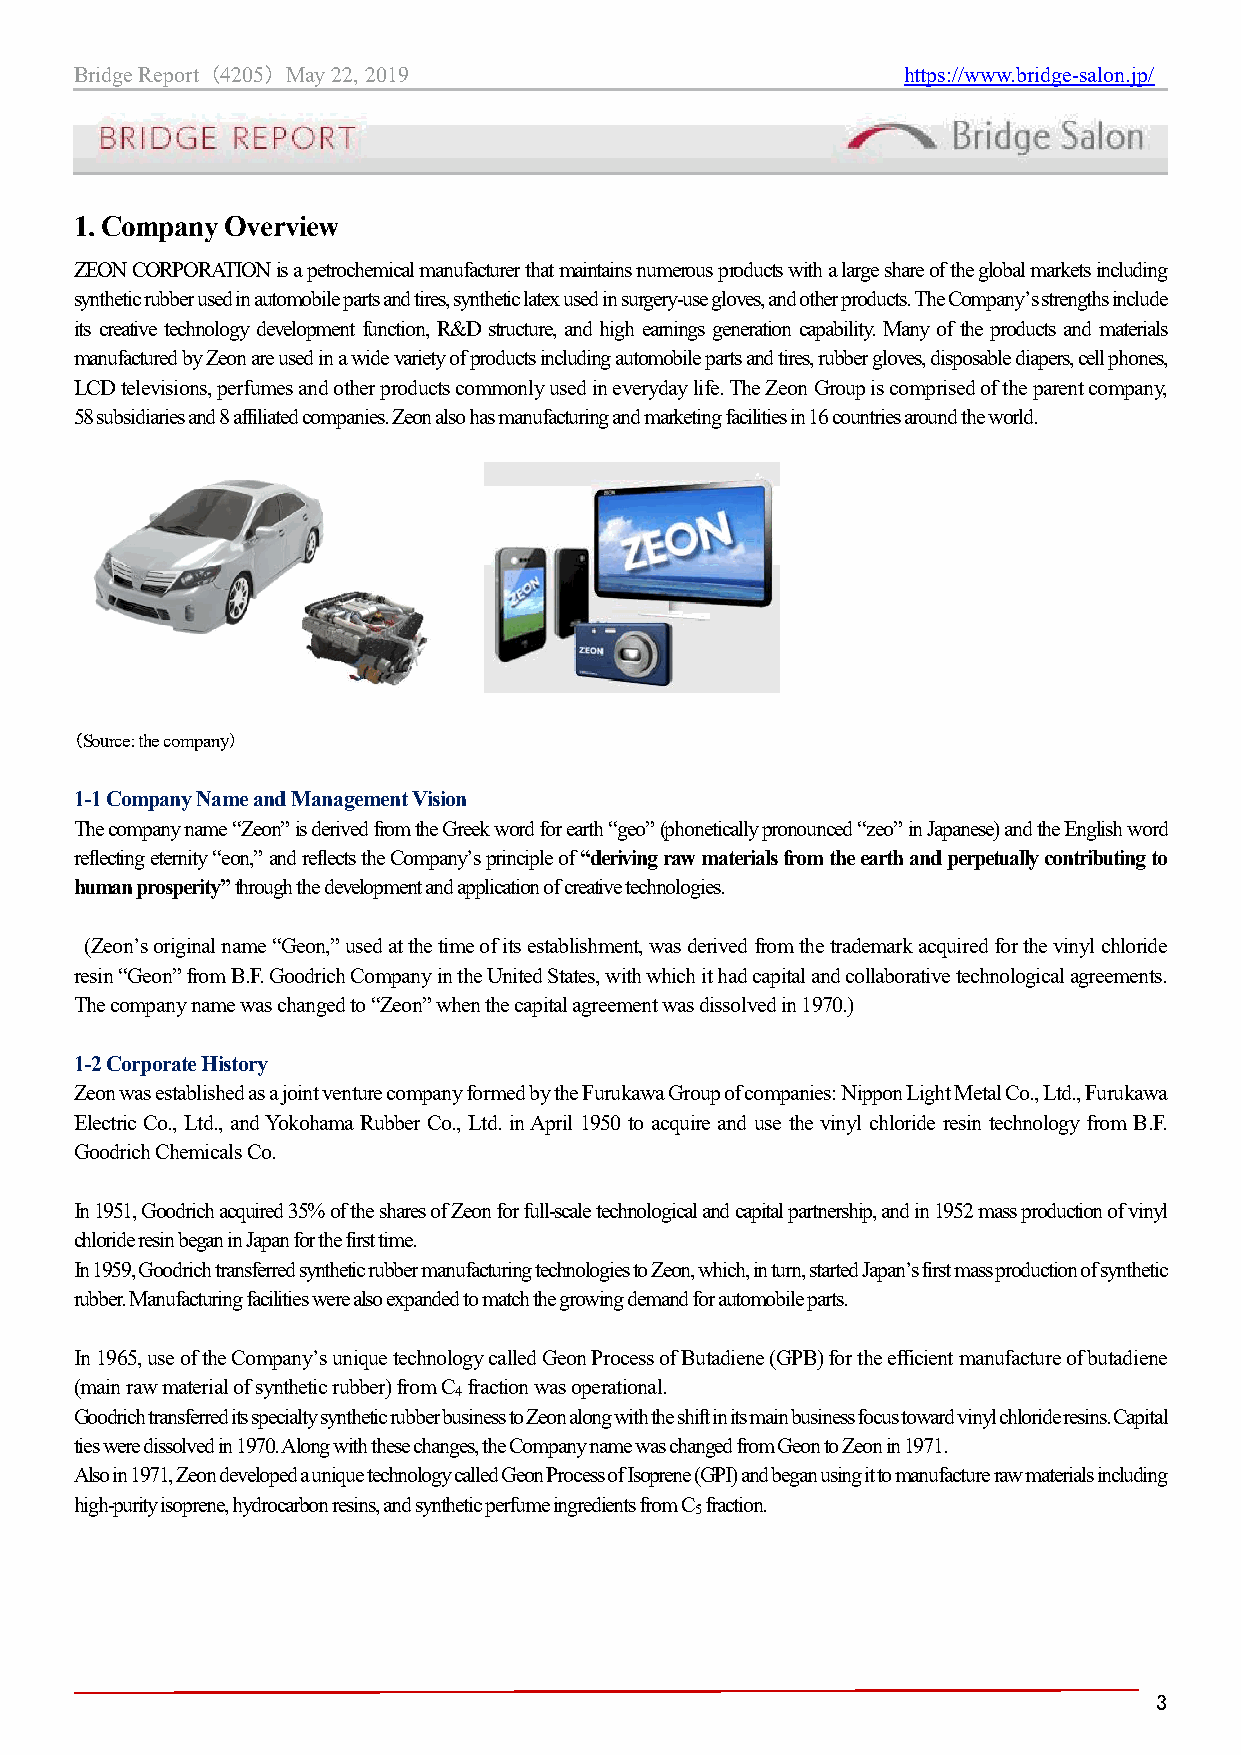
Bridge Report （4205） May 22, 2019                      https://www.bridge-salon.jp/
 1. Company Overview
 ZEON CORPORATION is a petrochemical manufacturer that maintains numerous products with a large share of the global markets including
 synthetic rubber used in automobile parts and tires, synthetic latex used in surgery-use gloves, and other products. The Company’s strengths include
 its creative technology development function, R&D structure, and high earnings generation capability. Many of the products and materials
 manufactured by Zeon are used in a wide variety of products including automobile parts and tires, rubber gloves, disposable diapers, cell phones,
 LCD televisions, perfumes and other products commonly used in everyday life. The Zeon Group is comprised of the parent company,
 58 subsidiaries and 8 affiliated companies. Zeon also has manufacturing and marketing facilities in 16 countries around the world.
 （Source: the company）
 1-1 Company Name and Management Vision
 The company name “Zeon” is derived from the Greek word for earth “geo” (phonetically pronounced “zeo” in Japanese) and the English word
 reflecting eternity “eon,” and reflects the Company’s principle of “deriving raw materials from the earth and perpetually contributing to
 human prosperity” through the development and application of creative technologies.
 (Zeon’s original name “Geon,” used at the time of its establishment, was derived from the trademark acquired for the vinyl chloride
 resin “Geon” from B.F. Goodrich Company in the United States, with which it had capital and collaborative technological agreements.
 The company name was changed to “Zeon” when the capital agreement was dissolved in 1970.)
 1-2 Corporate History
 Zeon was established as a joint venture company formed by the Furukawa Group of companies: Nippon Light Metal Co., Ltd., Furukawa
 Electric Co., Ltd., and Yokohama Rubber Co., Ltd. in April 1950 to acquire and use the vinyl chloride resin technology from B.F.
 Goodrich Chemicals Co.
 In 1951, Goodrich acquired 35% of the shares of Zeon for full-scale technological and capital partnership, and in 1952 mass production of vinyl
 chloride resin began in Japan for the first time.
 In 1959, Goodrich transferred synthetic rubber manufacturing technologies to Zeon, which, in turn, started Japan’s first mass production of synthetic
 rubber. Manufacturing facilities were also expanded to match the growing demand for automobile parts.
 In 1965, use of the Company’s unique technology called Geon Process of Butadiene (GPB) for the efficient manufacture of butadiene
 (main raw material of synthetic rubber) from C fraction was operational.
 4
 Goodrich transferred its specialty synthetic rubber business to Zeon along with the shift in its main business focus toward vinyl chloride resins. Capital
 ties were dissolved in 1970. Along with these changes, the Company name was changed from Geon to Zeon in 1971.
 Also in 1971, Zeon developed a unique technology called Geon Process of Isoprene (GPI) and began using it to manufacture raw materials including
 high-purity isoprene, hydrocarbon resins, and synthetic perfume ingredients from C fraction.
 5
 3